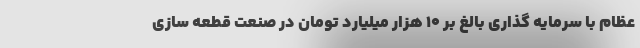
عظام با سرمایه گذاری بالغ بر ١٠ هزار میلیارد تومان در صنعت قطعه سازی